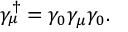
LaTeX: \gamma _ { \mu } ^ { \dagger } = \gamma _ { 0 } \gamma _ { \mu } \gamma _ { 0 } .